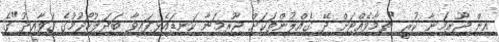
އިން ޖޫރިމަނާ ކުރީ "ތިމާވެއްޓަށް ދޭ ގެއްލުންތަކަށް ޖޫރިމަނާ ކަނޑައެޅިފައިވާ ބަދަލުހޯދުމުގެ ގަވާއިދު"ގެ